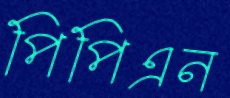
পিপিএন